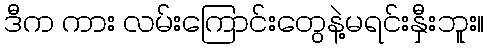
ဒီက ကား လမ်းကြောင်းတွေနဲ့မရင်းနှီးဘူး။